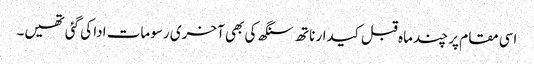
اسی مقام پر چند ماہ قبل کیدار ناتھ سنگھ کی بھی آخری رسومات ادا کی گئی تھیں۔